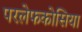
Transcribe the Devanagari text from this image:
परलेफकोसिया